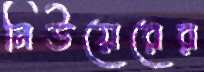
নিউয়েরের